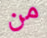
من